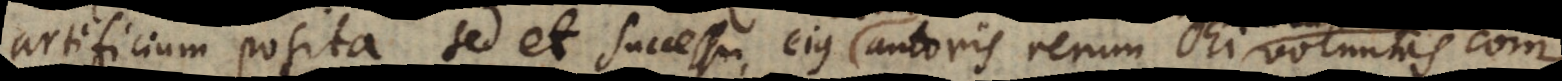
artificium posita, sed et successu ejus autoris rerum Dei voluntas comp